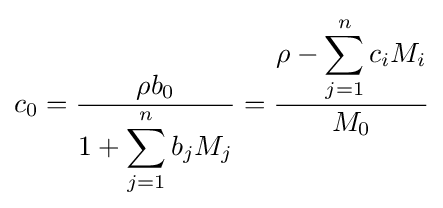
c_{0}={\frac {\rho b_{0}}{1+\displaystyle \sum _{j=1}^{n}{b_{j}M_{j}}}}={\frac {\rho -\displaystyle \sum _{j=1}^{n}{c_{i}M_{i}}}{M_{0}}}